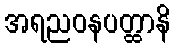
အရညဝနပတ္ထာနိ